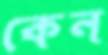
কেন